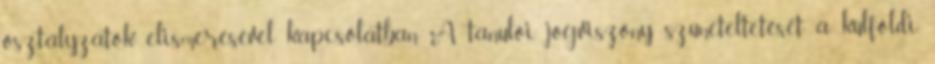
osztályzatok elismerésével kapcsolatban A tanulói jogviszony szüneteltetését a külföldi